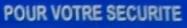
POUR VOTRE SECURITE